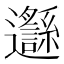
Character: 邎